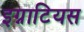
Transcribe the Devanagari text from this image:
इग्नाटियस